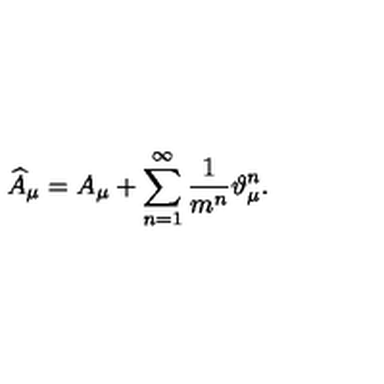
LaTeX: \widehat { A } _ { \mu } = A _ { \mu } + \sum _ { n = 1 } ^ { \infty } \frac 1 { m ^ { n } } \vartheta _ { \mu } ^ { n } .